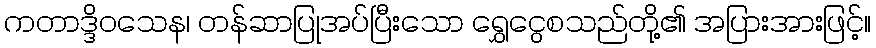
ကတာဒ္ဒိဝသေန၊ တန်ဆာပြုအပ်ပြီးသော ရွှေငွေစသည်တို့၏ အပြားအားဖြင့်။